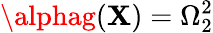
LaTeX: \alphag(\mathbf{X})=\Omega_{2}^{2}